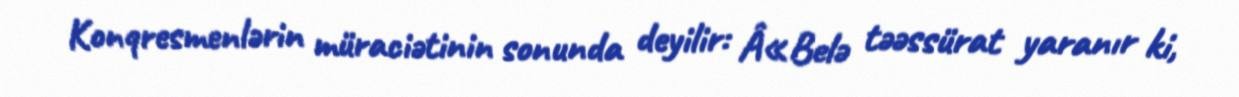
Konqresmenlərin müraciətinin sonunda deyilir: Â«Belə təəssürat yaranır ki,